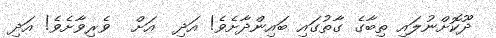
ދޫކޮށްނުލައި ތިބާގެ ގާތުގައި ބައިންދާށެވެ! އަދި  އަށް  ވެރިވާށެވެ! އަދި